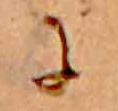
に